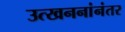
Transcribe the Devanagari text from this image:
उत्खननांनंतर